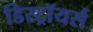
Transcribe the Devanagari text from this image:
डिस्ट्रॉयर्स